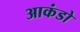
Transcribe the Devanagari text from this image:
आकंडो